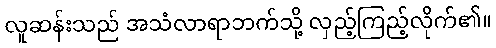
လူဆန်းသည် အသံလာရာဘက်သို့ လှည့်ကြည့်လိုက်၏။